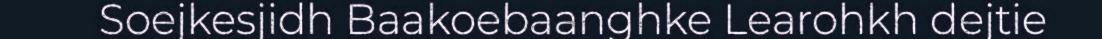
Soejkesjidh Baakoebaanghke Learohkh dejtie